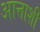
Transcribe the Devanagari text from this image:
आत्ताशी